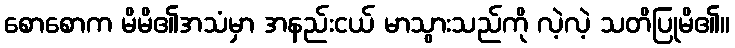
စောစောက မိမိ၏အသံမှာ အနည်းငယ် မာသွားသည်ကို လဲ့လဲ့ သတိပြုမိ၏။